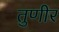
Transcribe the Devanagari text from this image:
तुणीर